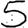
Digit: 5